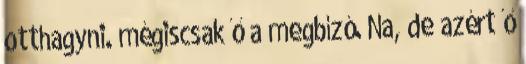
otthagyni. mégiscsak ő a megbízó. Na, de azért ő